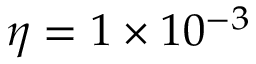
\eta = 1 \times 1 0 ^ { - 3 }